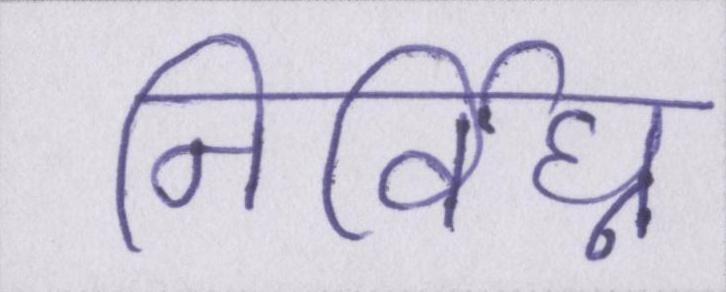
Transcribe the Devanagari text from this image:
निर्विघ्न